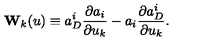
{ \bf W } _ { k } ( u ) \equiv a _ { D } ^ { i } \frac { \partial a _ { i } } { \partial u _ { k } } - a _ { i } \frac { \partial a _ { D } ^ { i } } { \partial u _ { k } } .